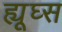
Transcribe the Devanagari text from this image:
ह्यूघ्स